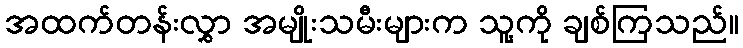
အထက်တန်းလွှာ အမျိုးသမီးများက သူ့ကို ချစ်ကြသည်။